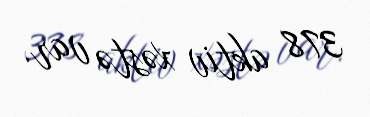
378 aktiv xəstə var.